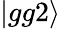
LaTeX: |gg2\rangle